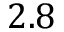
2 . 8